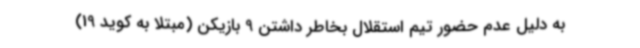
به دلیل عدم حضور تیم استقلال بخاطر داشتن 9 بازیکن (مبتلا به کوید 19)